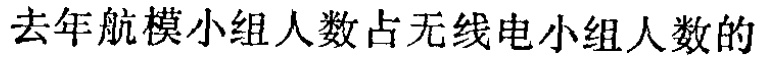
去年航模小组人数占无线电小组人数的